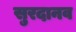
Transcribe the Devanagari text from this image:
सुरदानव